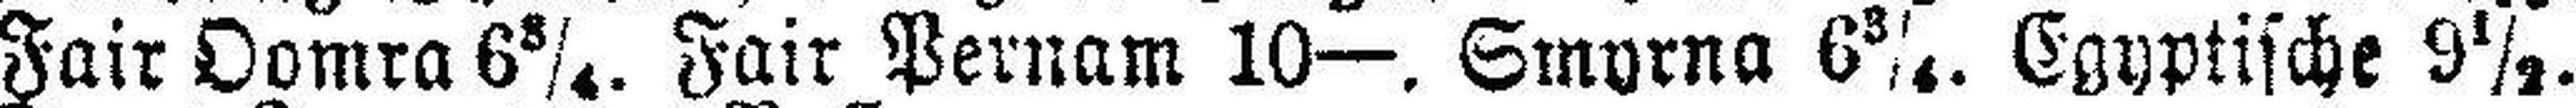
Fair Oomra 6¾. Fair Pernam 10—. Smyrna 6¾. Egyptische 9½.